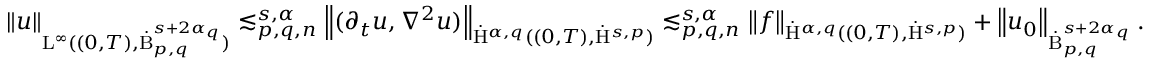
\begin{array} { r } { \left\lVert u \right\rVert _ { \mathrm { L } ^ { \infty } ( ( 0 , T ) , \dot { \mathrm { B } } _ { p , q } ^ { s + 2 \alpha _ { q } } ) } \lesssim _ { p , q , n } ^ { s , \alpha } \left\lVert ( \partial _ { t } u , \nabla ^ { 2 } u ) \right\rVert _ { \dot { \mathrm { H } } ^ { \alpha , q } ( ( 0 , T ) , \dot { \mathrm { H } } ^ { s , p } ) } \lesssim _ { p , q , n } ^ { s , \alpha } \left\lVert f \right\rVert _ { \dot { \mathrm { H } } ^ { \alpha , q } ( ( 0 , T ) , \dot { \mathrm { H } } ^ { s , p } ) } + \left\lVert u _ { 0 } \right\rVert _ { \dot { \mathrm { B } } _ { p , q } ^ { s + 2 \alpha _ { q } } } . } \end{array}